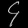
Digit: ၄